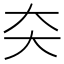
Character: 㚐